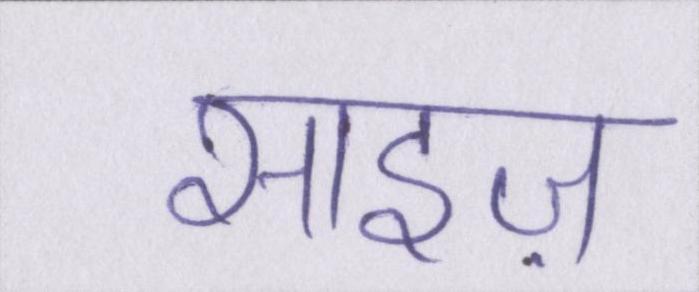
साइज़